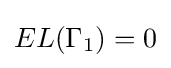
EL(\Gamma _{1})=0